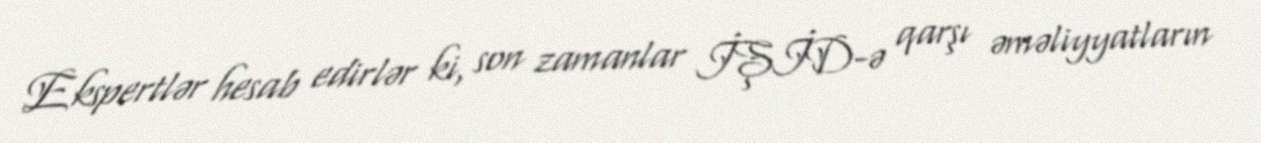
Ekspertlər hesab edirlər ki, son zamanlar İŞİD-ə qarşı əməliyyatların